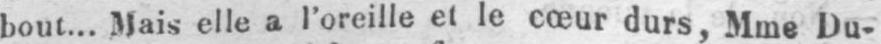
bout... Mais elle a l’oreille et le cœur durs, Mme Du-